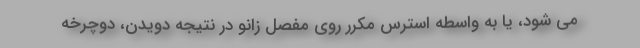
می شود، یا به واسطه استرس مکرر روی مفصل زانو در نتیجه دویدن، دوچرخه